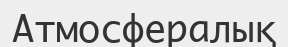
Атмосфералық